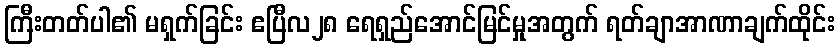
ကြီးတတ်ပါ၏ မရှက်ခြင်း ဧပြီလ၂၈ ရေရှည်အောင်မြင်မှုအတွက် ရတ်ချာအာဏာချက်ထိုင်း